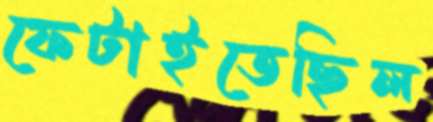
ফেটাইতেছিল